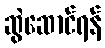
ဆွဲဆောင်ရန်